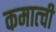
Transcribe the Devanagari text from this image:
कमात्ची